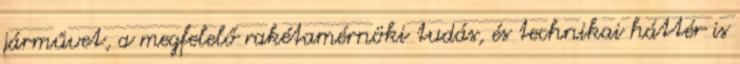
járművet, a megfelelő rakétamérnöki tudás, és technikai háttér is